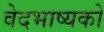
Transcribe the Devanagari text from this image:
वेदभाष्यको